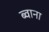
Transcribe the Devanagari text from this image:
ब्वाना